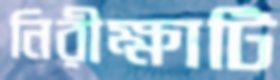
নিরীক্ষাটি